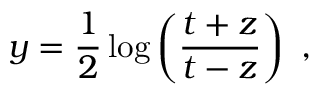
y = \frac { 1 } { 2 } \log \left( \frac { t + z } { t - z } \right) ~ ,